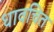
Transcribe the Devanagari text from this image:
धावचित